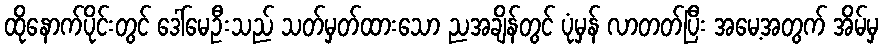
ထိုနောက်ပိုင်းတွင် ဒေါ်မေဦးသည် သတ်မှတ်ထားသော ညအချိန်တွင် ပုံမှန် လာတတ်ပြီး အမေ့အတွက် အိမ်မှ